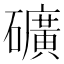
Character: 礦